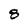
Character: 8